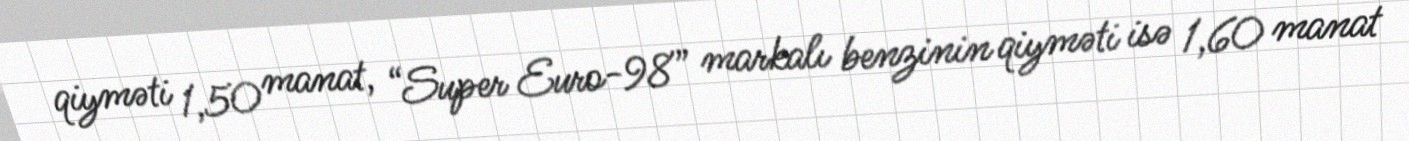
qiyməti 1,50 manat, “Super Euro-98” markalı benzinin qiyməti isə 1,60 manat